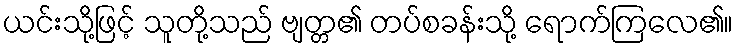
ယင်းသို့ဖြင့် သူတို့သည် ဗျတ္တ၏ တပ်စခန်းသို့ ရောက်ကြလေ၏။